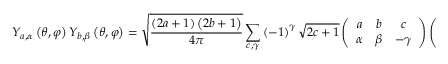
Y _ { a , \alpha } \left( \theta , \varphi \right) Y _ { b , \beta } \left( \theta , \varphi \right) = { \sqrt { \frac { \left( 2 a + 1 \right) \left( 2 b + 1 \right) } { 4 \pi } } } \sum _ { c , \gamma } \left( - 1 \right) ^ { \gamma } { \sqrt { 2 c + 1 } } \left( { \begin{array} { c c c } { a } & { b } & { c } \\ { \alpha } & { \beta } & { - \gamma } \end{array} } \right) \left( { \begin{array} { c c c } { a } & { b } & { c } \\ { 0 } & { 0 } & { 0 } \end{array} } \right) Y _ { c , \gamma } \left( \theta , \varphi \right)